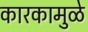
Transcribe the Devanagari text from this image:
कारकामुळे